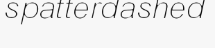
spatterdashed